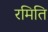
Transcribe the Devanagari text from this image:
रमिति